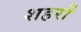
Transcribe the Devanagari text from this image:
शहरों